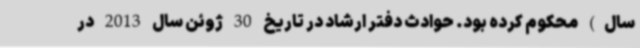
سال) محکوم کرده بود. حوادث دفتر ارشاد در تاریخ 30 ژوئن سال 2013 در